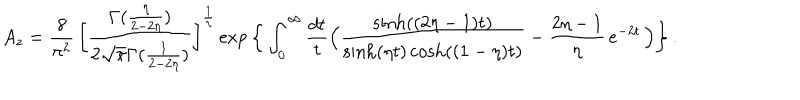
A _ { z } = \frac { 8 } { \pi ^ { 2 } } \, \bigg [ \frac { \Gamma ( \frac { \eta } { 2 - 2 \eta } ) } { 2 \sqrt { \pi } \Gamma ( \frac { 1 } { 2 - 2 \eta } ) } \bigg ] ^ { \frac { 1 } { \eta } } \exp \bigg \{ \int _ { 0 } ^ { \infty } \frac { d t } { t } \Big ( \frac { \sinh ( ( 2 \eta - 1 ) t ) } { \sinh ( \eta t ) \cosh ( ( 1 - \eta ) t ) } - \frac { 2 \eta - 1 } { \eta } \, e ^ { - 2 t } \, \Big ) \bigg \} \, .